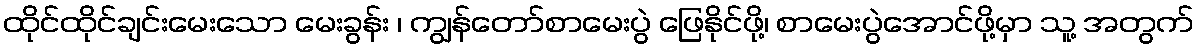
ထိုင်ထိုင်ချင်းမေးသော မေးခွန်း ၊ ကျွန်တော်စာမေးပွဲ ဖြေနိုင်ဖို့၊ စာမေးပွဲအောင်ဖို့မှာ သူ့ အတွက်